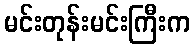
မင်းတုန်းမင်းကြီးက